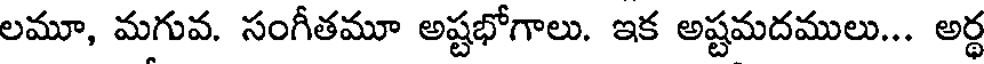
లమూ, మగువ. సంగీతమూ అష్టభోగాలు. ఇక అష్టమదములు... అర్థ